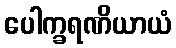
ပေါက္ခရဏိယာယံ